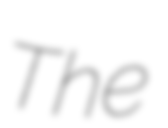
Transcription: The